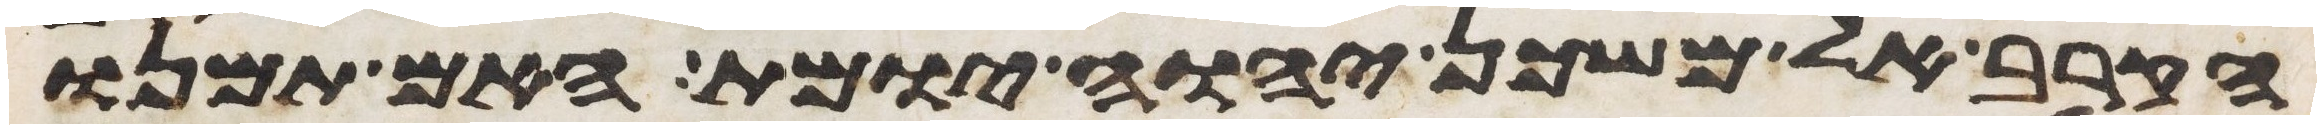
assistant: הקרב אל משכן יהוה יומת האם תמנו